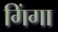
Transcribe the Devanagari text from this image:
गिंगा